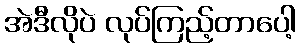
အဲဒီလိုပဲ လုပ်ကြည့်တာပေါ့